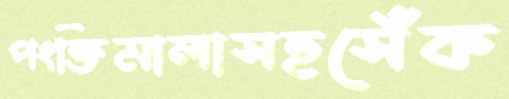
পংক্তিমালাসহসেঁক